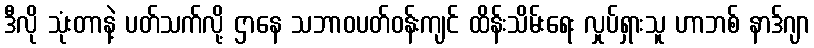
ဒီလို သုံးတာနဲ့ ပတ်သက်လို့ ဌာနေ သဘာဝပတ်ဝန်းကျင် ထိန်းသိမ်းရေး လှုပ်ရှားသူ ဟာဘစ် နာဒ်ဂျာ